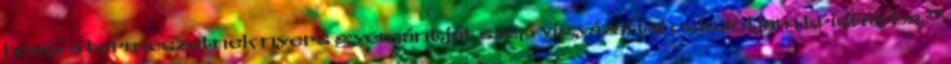
hogy a természetnek nyers gyémántját szép vigyázattal csiszoljam kristályba.’’